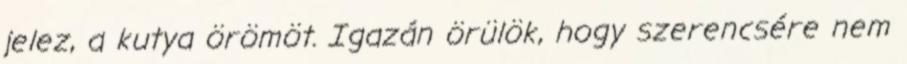
jelez, a kutya örömöt. Igazán örülök, hogy szerencsére nem